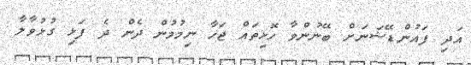
އަދި ފައުންޑޭޝަނަށް ބޭނުންވާ ހޮޅިތައް ޖަހާ ނިމުމުން ދެން ދެ ފަޅި ގުޅުވާލާ